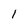
Character: 1